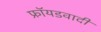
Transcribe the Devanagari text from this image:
फ्रॉयडवादी